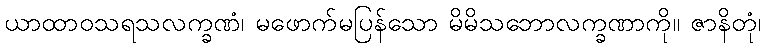
ယာထာဝသရသလက္ခဏံ၊ မဖောက်မပြန်သော မိမိသဘောလက္ခဏာကို။ ဇာနိတုံ၊